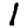
Digit: 1